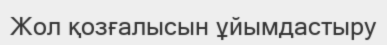
Жол қозғалысын ұйымдастыру